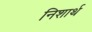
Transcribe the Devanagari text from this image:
निशार्थ